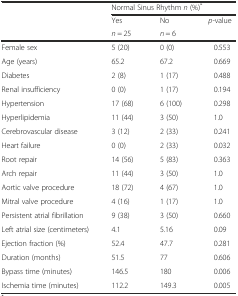
<table><thead><tr><td></td><td colspan="3"><b>Normal Sinus Rhythm <i>n</i> (%)<sup>*</sup></b></td></tr><tr><td></td><td><b>Yes</b></td><td><b>No</b></td><td><b><i>p</i>-value</b></td></tr><tr><td></td><td><b><i>n</i> = 25</b></td><td><b><i>n</i> = 6</b></td><td></td></tr></thead><tbody><tr><td>Female sex</td><td>5 (20)</td><td>0 (0)</td><td>0.553</td></tr><tr><td>Age (years)</td><td>65.2</td><td>67.2</td><td>0.669</td></tr><tr><td>Diabetes</td><td>2 (8)</td><td>1 (17)</td><td>0.488</td></tr><tr><td>Renal insufficiency</td><td>0 (0)</td><td>1 (17)</td><td>0.194</td></tr><tr><td>Hypertension</td><td>17 (68)</td><td>6 (100)</td><td>0.298</td></tr><tr><td>Hyperlipidemia</td><td>11 (44)</td><td>3 (50)</td><td>1.0</td></tr><tr><td>Cerebrovascular disease</td><td>3 (12)</td><td>2 (33)</td><td>0.241</td></tr><tr><td>Heart failure</td><td>0 (0)</td><td>2 (33)</td><td>0.032</td></tr><tr><td>Root repair</td><td>14 (56)</td><td>5 (83)</td><td>0.363</td></tr><tr><td>Arch repair</td><td>11 (44)</td><td>3 (50)</td><td>1.0</td></tr><tr><td>Aortic valve procedure</td><td>18 (72)</td><td>4 (67)</td><td>1.0</td></tr><tr><td>Mitral valve procedure</td><td>4 (16)</td><td>1 (17)</td><td>1.0</td></tr><tr><td>Persistent atrial fibrillation</td><td>9 (38)</td><td>3 (50)</td><td>0.660</td></tr><tr><td>Left atrial size (centimeters)</td><td>4.1</td><td>5.16</td><td>0.09</td></tr><tr><td>Ejection fraction (%)</td><td>52.4</td><td>47.7</td><td>0.281</td></tr><tr><td>Duration (months)</td><td>51.5</td><td>77</td><td>0.606</td></tr><tr><td>Bypass time (minutes)</td><td>146.5</td><td>180</td><td>0.006</td></tr><tr><td>Ischemia time (minutes)</td><td>112.2</td><td>149.3</td><td>0.005</td></tr></tbody></table>